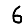
Digit: 6